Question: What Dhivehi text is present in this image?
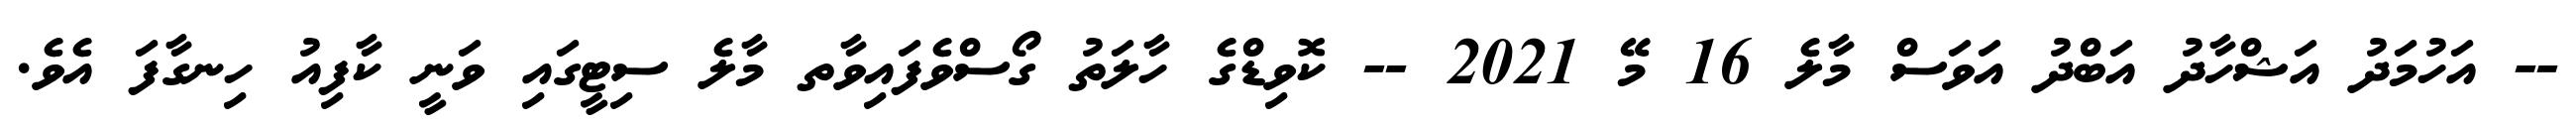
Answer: -- އަހުމަދު އަޝްހާދު އަބްދު އަވަސް މާލެ 16 މޭ 2021 -- ކޮވިޑްގެ ހާލަތު ގޯސްވެފައިވާތ މާލެ ސިޓީގައި ވަނީ ކާފިއު ހިނގާފަ އެވެ.